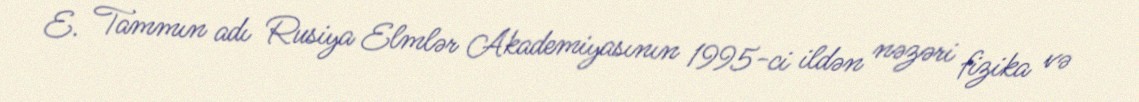
E. Tammın adı Rusiya Elmlər Akademiyasının 1995-ci ildən nəzəri fizika və